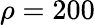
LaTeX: \rho=200